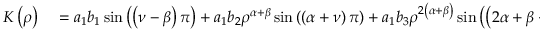
\begin{array} { r l } { K \left( \rho \right) } & { { } = a _ { 1 } b _ { 1 } \sin \left( \left( \nu - \beta \right) \pi \right) + a _ { 1 } b _ { 2 } \rho ^ { \alpha + \beta } \sin \left( \left( \alpha + \nu \right) \pi \right) + a _ { 1 } b _ { 3 } \rho ^ { 2 \left( \alpha + \beta \right) } \sin \left( \left( 2 \alpha + \beta + \nu \right) \pi \right) } \end{array}